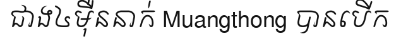
ជាង៤ម៉ឺននាក់ Muangthong បានបើក